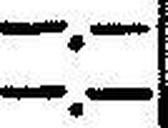
—.—